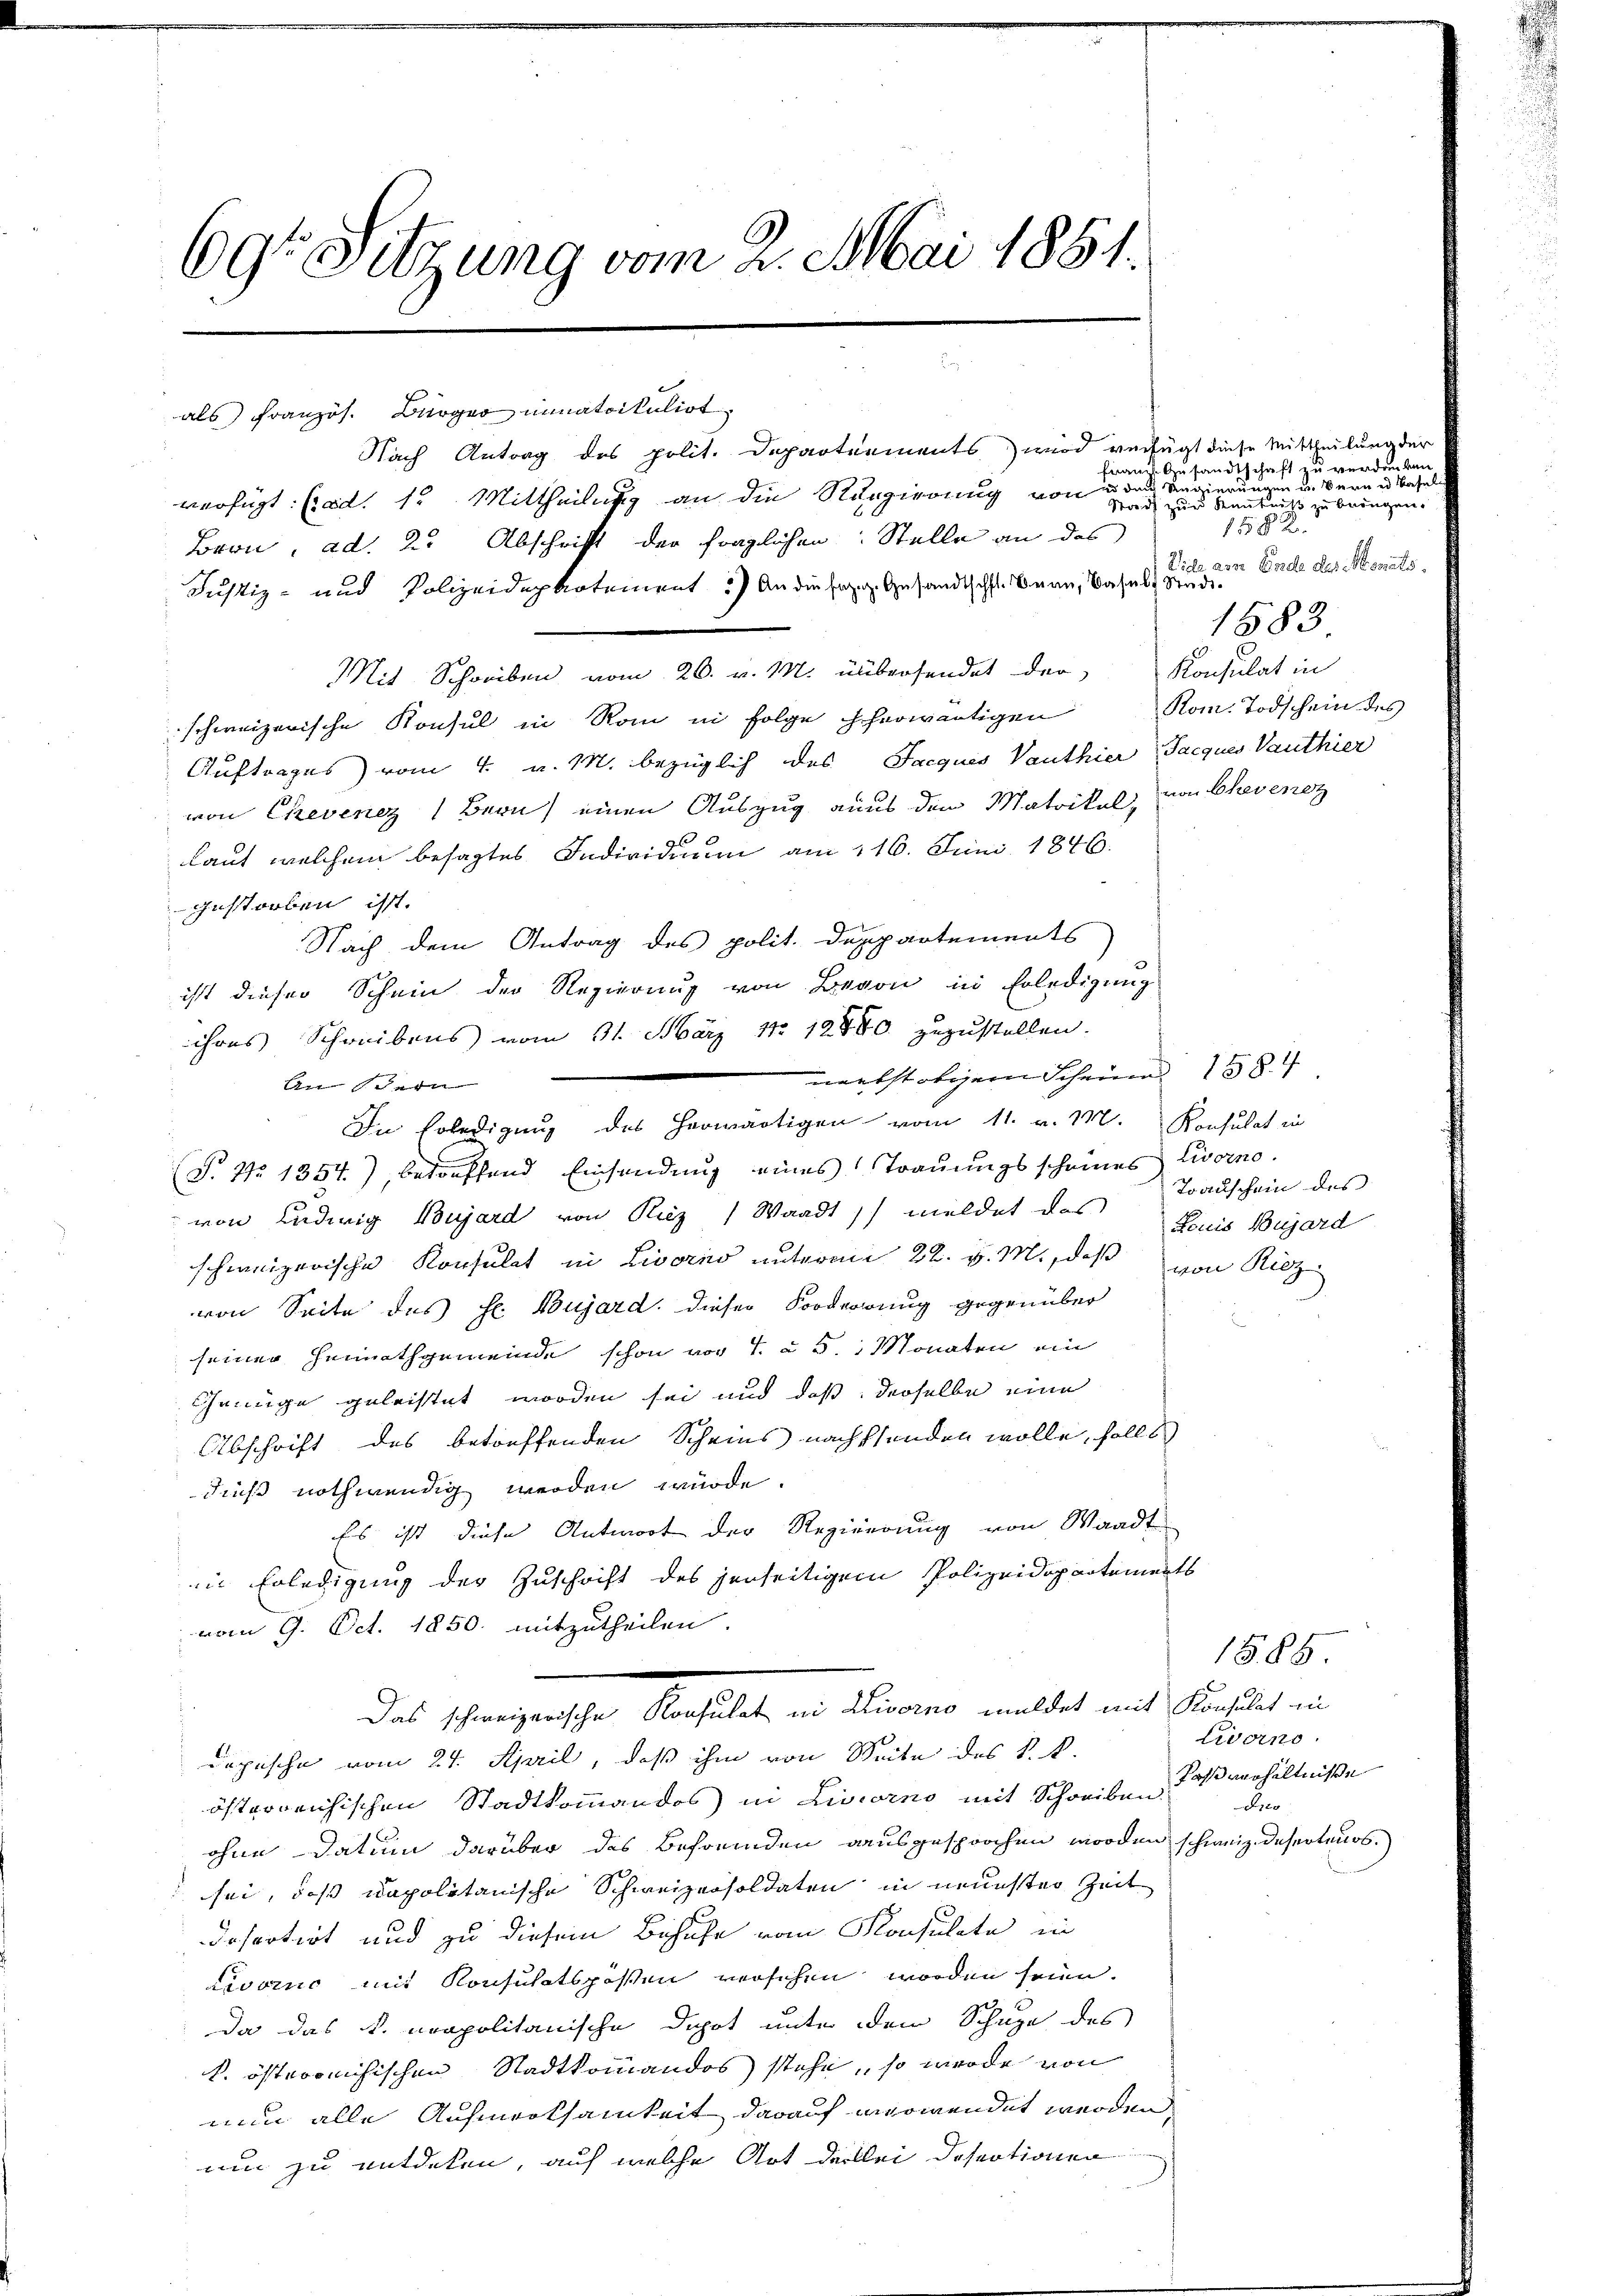
69te Sitzung vom 2. Mai 1851.

als Französ. Bonnatrikulirt
Nach Antrag des polit. Departements) wird verfügt diese Mittheilung der
verfügt: (od. 15 Mittheilung an die Ringierung von der eine
Mit Schreiben vom 26. v. M. übersendet der Konsulat in
schweizerische Konsul in Rom in Folge herwärtigen Rom. Todschein des
Auftrages) vom 4. v. M. bezüglich das Jacquis Vanthier Jacques Vauthier
von Chevenez Bern) einen Auszug aus den Matrikel, von Chevenoz
Laut welchem besagtes Individium am 116. Juni 1846.
gestorben ist.
Nach dem Antrag des polit. Dappartements
ist dieser Schein der Regierung von Bevon in Erledigung
ihres Schreibens vom 31. März 17 12840. zuzustellen.
merkstätigem Scheund 1584
In Erledigung des herwärtigen vom 11. v. M. Konsulat in
T. No 1354), betreffend Einsendung eines Trauungsscheines Livorno.
von Ludwig Bujard von Riez (Waadt) meldet das
schweizerische Konsulat in Livorno unterm 22. v. M., daß von Ritz
von Seite des h. Bujard, dieser Forderung gegenüber
seiner Heimathgemeinde schon vor 7. à 5 Monaten ein
Genüge geleistet worden sei und daß derselbe eine
Abschrift des betreffenden Scheins nachstenden wolle, solls
dieß nothwendig werden würde.
Es ist diese Antwort der Regierung von Waadt
in Erledigung der Zuschrift des jenseitigem Polizeidepartements
vom 9. Oct. 1850. mitzutheilen.
Das schweizerische Konsulat in Livorno meldet mit Konsulat in
Dopische vom 24. April, daß ihm von Seite des k. k.
österreichischen Stadtkommandos in Livorno mit Schreiben verhältniße
ohne Datum darüber das Befremden ausgesprochen worden schweiz. deserteurs.)
sei, daß napolitanische Schweizersoldaten in neuester Zeit
Irsartirt und zu diesem Behufe vom Konsulate in
Livorno mit Konsulatspössen versehen worden seien.
da das k. neapolitanische Depot unter dem Schuze des
k. österreichischen Stadtkommandos stehe, so werde von
nun alle Aufmerksamkeit darauf verwendet werden,
um zu entdeken, auf welche Art derlei Dosectionen

Bron, ad. 2. Abschrift der fraglichen Stelle an das
Justiz- und Polizeidepartement) An die sog. Gesandtscht. Bern, Basels Stadt¬

Anschern

frau Gesandtschaft zu verdanken
Stand zu ersten seinen einen sei eines zu bringen.
1582
Vide am Ende des Monats,
1683
9. E

Toauschein des
Louis Bujard

1585.
Livorno.
Dres